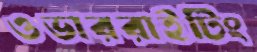
ওভাররাইটিং